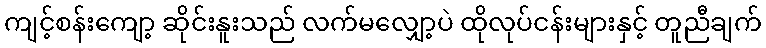
ကျင့်စန်းကျော့ ဆိုင်းနူးသည် လက်မလျှော့ပဲ ထိုလုပ်ငန်းများနှင့် တူညီချက်